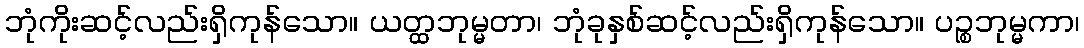
ဘုံကိုးဆင့်လည်းရှိကုန်သော။ ယတ္ထဘုမ္မတာ၊ ဘုံခုနှစ်ဆင့်လည်းရှိကုန်သော။ ပဉ္စဘုမ္မကာ၊